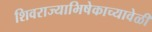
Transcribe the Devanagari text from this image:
शिवराज्याभिषेकाच्यावेळी